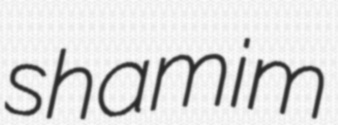
shamim